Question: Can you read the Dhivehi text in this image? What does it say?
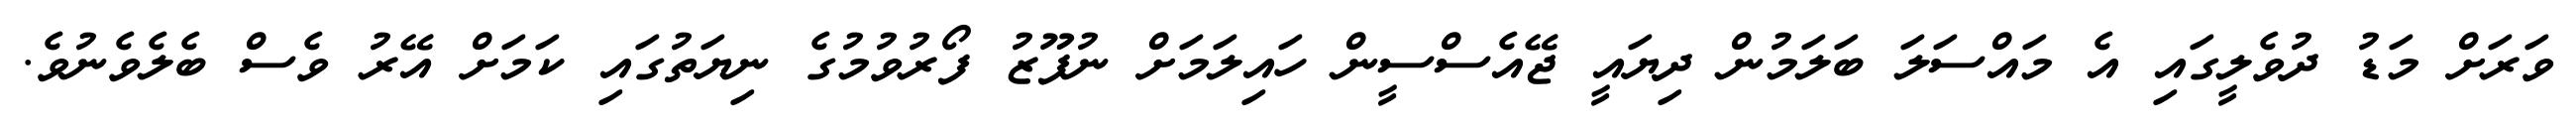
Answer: ވަރަށް މަޑު ދުވެލީގައި އެ މައްސަލަ ބަލަމުން ދިޔައީ ޖޭއެސްސީން ހައިލަމަށް ނުފޫޒު ފޯރުވުމުގެ ނިޔަތުގައި ކަމަށް އޭރު ވެސް ބެލެވެނުވެ.